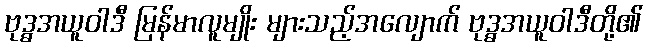
ဗုဒ္ဓအယူဝါဒီ မြန်မာလူမျိုး များသည့်အလျောက် ဗုဒ္ဓအယူဝါဒီတို့၏